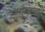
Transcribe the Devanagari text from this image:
जगन्मयी